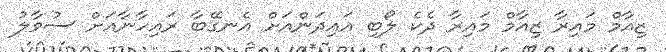
ޒިއާމް މައިރާ ޒިއާމް މައިރާ ދެކެ ލޯބި އައިދަންއަށް އެނގޭބާ ރައިހާނާއަށް ސުވާލު